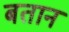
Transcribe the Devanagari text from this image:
बतान